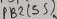
Text: PB2(S5)